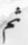
ثم